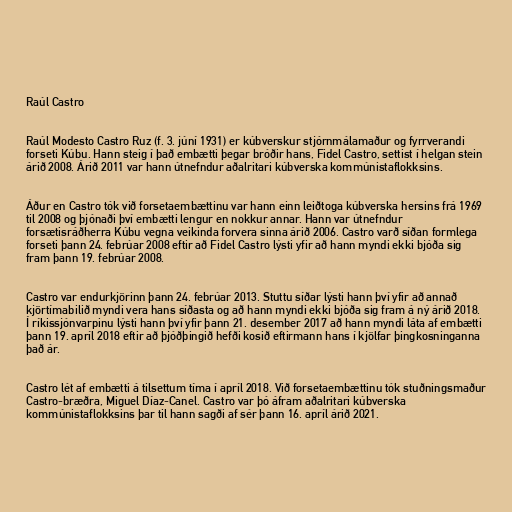
Raúl Castro

Raúl Modesto Castro Ruz (f. 3. júní 1931) er kúbverskur stjórnmálamaður og fyrrverandi
forseti Kúbu. Hann steig í það embætti þegar bróðir hans, Fidel Castro, settist í helgan stein
árið 2008. Árið 2011 var hann útnefndur aðalritari kúbverska kommúnistaflokksins.

Áður en Castro tók við forsetaembættinu var hann einn leiðtoga kúbverska hersins frá 1969
til 2008 og þjónaði því embætti lengur en nokkur annar. Hann var útnefndur
forsætisráðherra Kúbu vegna veikinda forvera sinna árið 2006. Castro varð síðan formlega
forseti þann 24. febrúar 2008 eftir að Fidel Castro lýsti yfir að hann myndi ekki bjóða sig
fram þann 19. febrúar 2008.

Castro var endurkjörinn þann 24. febrúar 2013. Stuttu síðar lýsti hann því yfir að annað
kjörtímabilið myndi vera hans síðasta og að hann myndi ekki bjóða sig fram á ný árið 2018.
Í ríkissjónvarpinu lýsti hann því yfir þann 21. desember 2017 að hann myndi láta af embætti
þann 19. apríl 2018 eftir að þjóðþingið hefði kosið eftirmann hans í kjölfar þingkosninganna
það ár.

Castro lét af embætti á tilsettum tíma í apríl 2018. Við forsetaembættinu tók stuðningsmaður
Castro-bræðra, Miguel Díaz-Canel. Castro var þó áfram aðalritari kúbverska
kommúnistaflokksins þar til hann sagði af sér þann 16. apríl árið 2021.